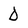
Character: D